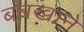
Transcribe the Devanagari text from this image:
बंबखाने